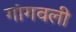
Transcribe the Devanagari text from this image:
गांगवली